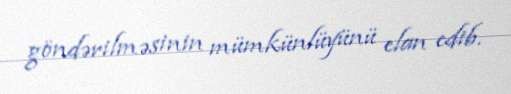
göndərilməsinin mümkünlüyünü elan edib.